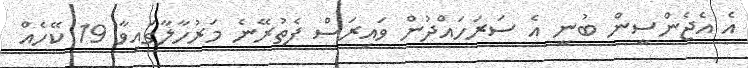
އެ އެޖެންސީން ބުނީ އެ ސަރަހައްދުން ވައިރަސް ފެތުރޭނެ މަރުހާލާގައިވާ 19 ކޭހެއް